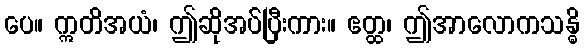
ပေ။ ဣတိအယံ၊ ဤဆိုအပ်ပြီးကား။ ဧတ္ထ၊ ဤအာလောကသန္ဓိ